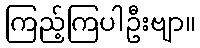
ကြည့်ကြပါဦးဗျာ။